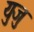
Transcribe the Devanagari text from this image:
युजु